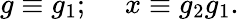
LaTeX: g\equiv g_{1};\ \ \ \ \ x\equiv g_{2}g_{1}.